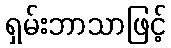
ရှမ်းဘာသာဖြင့်